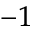
^ { - 1 }